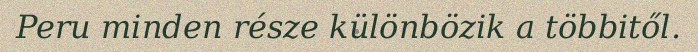
Peru minden része különbözik a többitől.